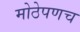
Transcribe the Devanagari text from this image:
मोठेपणच